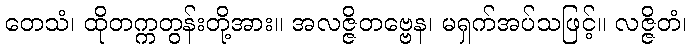
တေသံ၊ ထိုတက္ကတွန်းတို့အား။ အလဇ္ဇိတဗ္ဗေန၊ မရှက်အပ်သဖြင့်။ လဇ္ဇိတံ၊